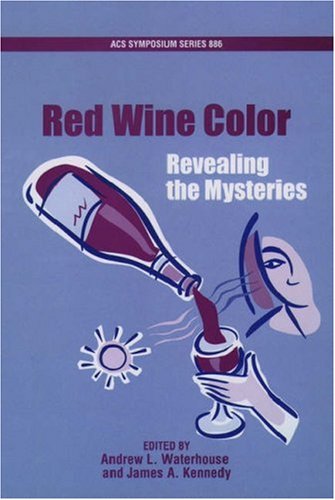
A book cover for Red Wine Color: Revealing the Mysteries (ACS Symposium Series); Science & Math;